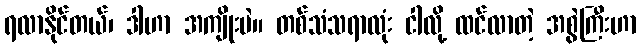
ရလာနိုင်တယ်၊ ဒါဟာ အကျိုးပဲ။ တစ်သံသရာလုံး ငါလို့ ထင်လာတဲ့ အစွဲကြီးဟာ